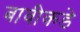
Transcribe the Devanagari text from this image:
बावीकडे